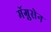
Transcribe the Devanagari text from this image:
मॅग्नुसेन